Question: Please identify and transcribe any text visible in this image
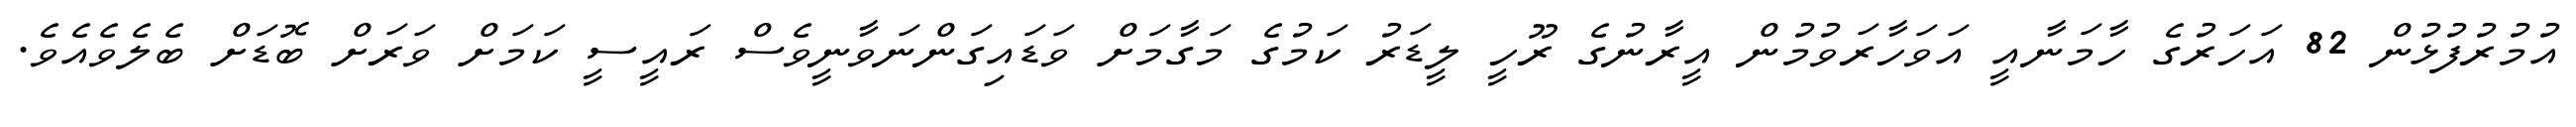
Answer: އުމުރުފުޅުން 82 އަހަރުގެ ހާމަނާއީ އަވަހާރަވުމުން އީރާނުގެ ރޫހީ ލީޑަރު ކަމުގެ މަގާމަށް ވަޑައިގަންނަވާނީވެސް ރައީސީ ކަމަށް ވަރަށް ބޮޑަށް ބެލެވެއެވެ.